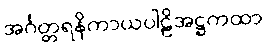
အင်္ဂတ္တရနိကာယပါဠိအဋ္ဌကထာ